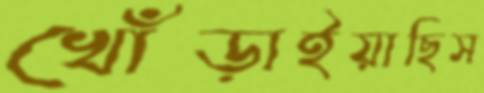
খোঁড়াইয়াছিস